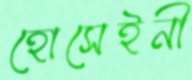
হোসেইনী